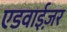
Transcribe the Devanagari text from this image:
एडवाईज़र